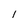
Character: l